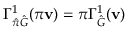
\Gamma _ { \hat { \pi } \hat { G } } ^ { 1 } ( \pi \mathbf { v } ) = \pi \Gamma _ { \hat { G } } ^ { 1 } ( \mathbf { v } )